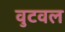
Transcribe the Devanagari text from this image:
वुटवल